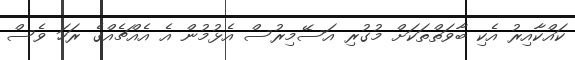
ކައްކާއިރު އެކި ބާވަތްތަކަށް މުގުރި އަސޭމިރުސް އެޅުމުން އެ އެއްޗެއްގެ ރަހަ ވެސް